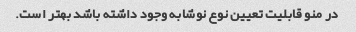
در منو قابلیت تعیین نوع نوشابه وجود داشته باشد بهتر است.